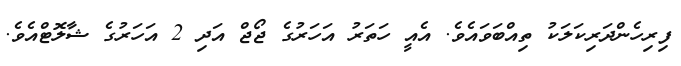
ފިރިހެންދަރިކަލަކު ތިއްބަވައެވެ. އެއީ ހަތަރު އަހަރުގެ ޖޯޖް އަދި 2 އަހަރުގެ ޝާލޮޓްއެވެ.